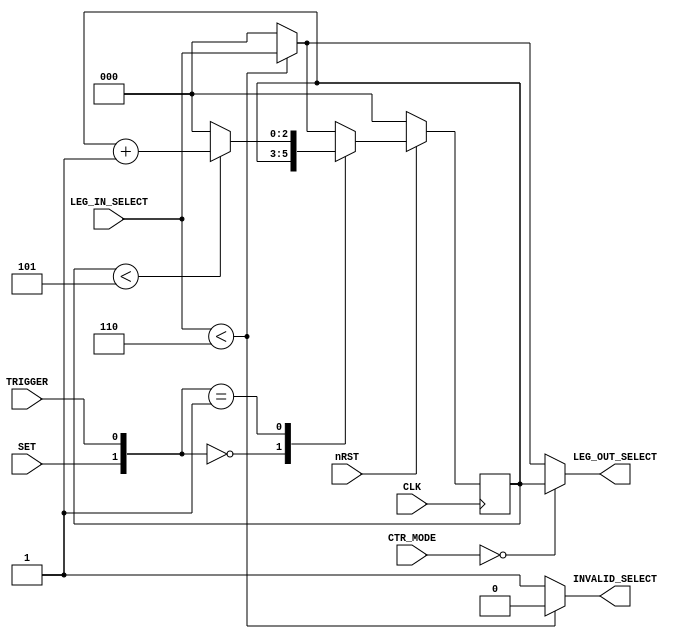
`timescale 1ns / 1ps
//////////////////////////////////////////////////////////////////////////////////
// Company: 
// Engineer: 
// 
// Design Name: 
// Module Name: leg_counter
// Project Name: 
// Target Devices: 
// Tool Versions: 
// Description: 
// 
// Dependencies: 
// 
// Revision:
// Revision 0.01 - File Created
// Additional Comments:
// 
//////////////////////////////////////////////////////////////////////////////////


module leg_counter #(
  parameter integer N_LEGS      = 6,
  parameter integer N_LEGS_SIZE = $clog2(N_LEGS)
) (
  input wire                    CLK,
  input wire                    nRST,
  input wire [2:0]              CTR_MODE,
  input wire                    SET,
  input wire                    TRIGGER,
  input wire [N_LEGS_SIZE-1:0]  LEG_IN_SELECT,
  output reg                    INVALID_SELECT,
  output reg [N_LEGS_SIZE-1:0]  LEG_OUT_SELECT
);
    //--
    reg [N_LEGS_SIZE-1:0]   leg_ctr,
                in_selection;
    //--
    always @(*)
      if ( LEG_IN_SELECT < N_LEGS )begin
        in_selection <= LEG_IN_SELECT;
        INVALID_SELECT <= 1'b0;       
      end else begin
        in_selection <= {N_LEGS_SIZE{1'b0}};
        INVALID_SELECT <= 1'b1;
      end
      
    //--
    always @(posedge CLK)
      if ( ~nRST )
        leg_ctr <= {N_LEGS_SIZE{1'b0}};
      else
        case ( {SET,TRIGGER} )
          0 : leg_ctr <= leg_ctr;
          1 : leg_ctr <= (leg_ctr < N_LEGS - 1) ? leg_ctr + 1 : {N_LEGS_SIZE{1'b0}};
          2 : leg_ctr <= in_selection;
          default : leg_ctr <= in_selection;
        endcase
    
    //--
    always @(*)
      case (CTR_MODE)
        0 : LEG_OUT_SELECT = leg_ctr;
        1 : LEG_OUT_SELECT = in_selection;
        default : LEG_OUT_SELECT = in_selection;
      endcase
endmodule